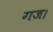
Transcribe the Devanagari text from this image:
गज।